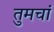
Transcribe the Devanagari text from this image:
तुमचां